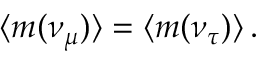
{ \langle } m ( \nu _ { \mu } ) { \rangle } = { \langle } m ( \nu _ { \tau } ) { \rangle } \, .